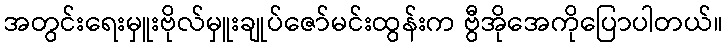
အတွင်းရေးမှူးဗိုလ်မှူးချုပ်ဇော်မင်းထွန်းက ဗွီအိုအေကိုပြောပါတယ်။